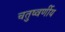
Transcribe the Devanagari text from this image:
चतुष्वर्णीय